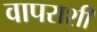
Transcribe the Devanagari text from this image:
वापराशी